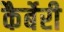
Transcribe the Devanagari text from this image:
कैर्बेरी